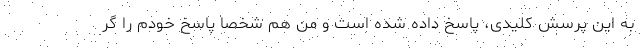
به این پرسش کلیدی، پاسخ داده شده است و من هم شخصا پاسخ خودم را گر